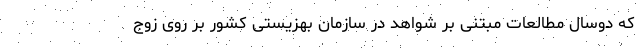
که دوسال مطالعات مبتنی بر شواهد در سازمان بهزیستی کشور بر روی زوج